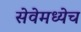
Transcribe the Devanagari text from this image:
सेवेमध्येच